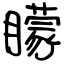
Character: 矇